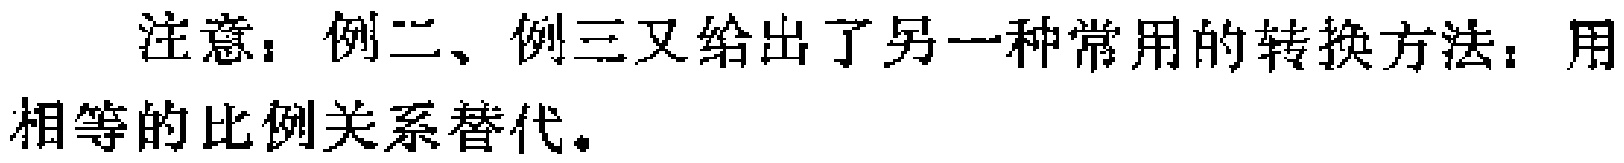
注意：例二、例三又给出了另一种常用的转换方法：用相等的比例关系替代。